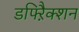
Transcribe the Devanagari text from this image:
डफ्ऱैिक्शन